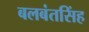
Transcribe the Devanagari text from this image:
बलबंतसिंह